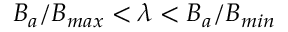
B _ { a } / B _ { m a x } < \lambda < B _ { a } / B _ { m i n }